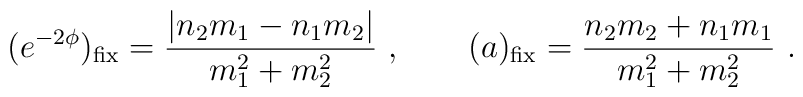
(e^{-2\phi})_{\rm fix} = {|n_2 m_1 - n_1 m_2| \over m_1^2 + m_2^2}\ , \qquad(a)_{\rm fix} = {n_2 m_2 + n_1 m_1 \over m_1^2 + m_2^2} \ .